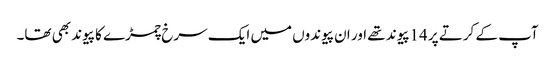
آپ کے کرتے پر 14پیوند تھے اور ان پیوندوں میں ایک سرخ چمڑے کا پیوند بھی تھا۔